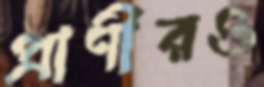
প্রাণীরও